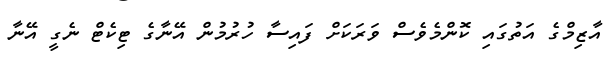
އާޒިމްގެ އަތުގައި ކޮންމެވެސް ވަރަކަށް ފައިސާ ހުރުމުން އޭނާގެ ޓިކެޓް ނެގީ އޭނާ